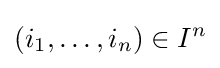
(i_{1},\dots ,i_{n})\in I^{n}